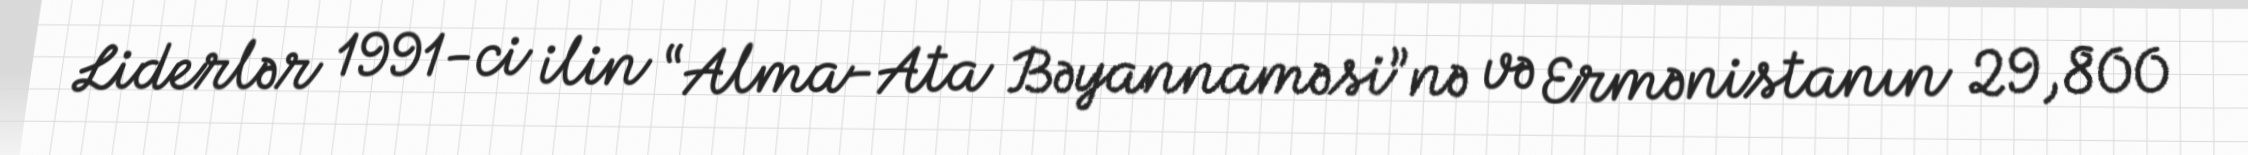
Liderlər 1991-ci ilin “Alma-Ata Bəyannaməsi”nə və Ermənistanın 29,800